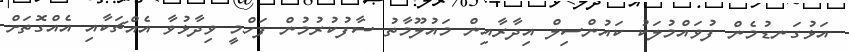
އަޅުގަނޑުމެން ފުވައްމުލަކު ކައުންސިލް އިދާރާއިން މައުލޫމާތު ސާފުކުރުމުން ފަހްމީ ވިދާޅުވާ އެއްޗަކާއި އެއްގޮތަށް